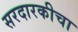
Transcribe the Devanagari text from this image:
सरदारकीचा